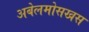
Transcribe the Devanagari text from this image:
अबेलमोसखस